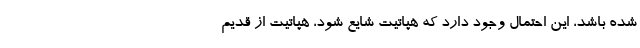
شده باشد، این احتمال وجود دارد که هپاتیت شایع شود، هپاتیت از قدیم